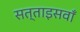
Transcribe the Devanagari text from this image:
सत्ताइसवाँ